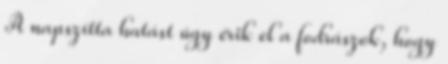
A napszítta hatást úgy érik el a fodrászok, hogy